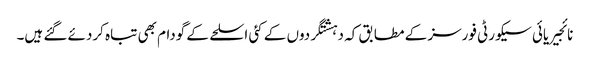
نائجیریائی سیکورٹی فورسز کے مطابق کہ دہشتگردوں کے کئی اسلحے کے گودام بھی تباہ کردئے گئے ہیں۔